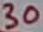
Text: 30